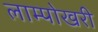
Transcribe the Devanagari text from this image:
लाम्पोखरी